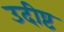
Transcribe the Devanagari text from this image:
उदीष्ट